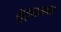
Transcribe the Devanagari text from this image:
लुइसजवळ